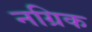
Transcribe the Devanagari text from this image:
नग्रिक